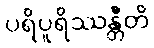
ပရိပူရိဿန္တီတိ